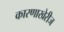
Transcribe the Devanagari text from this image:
कारणाखेरीज